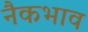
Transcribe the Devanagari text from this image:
नैकभाव